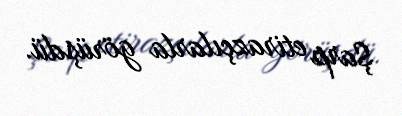
Şarp etirazçılarla görüşdü.